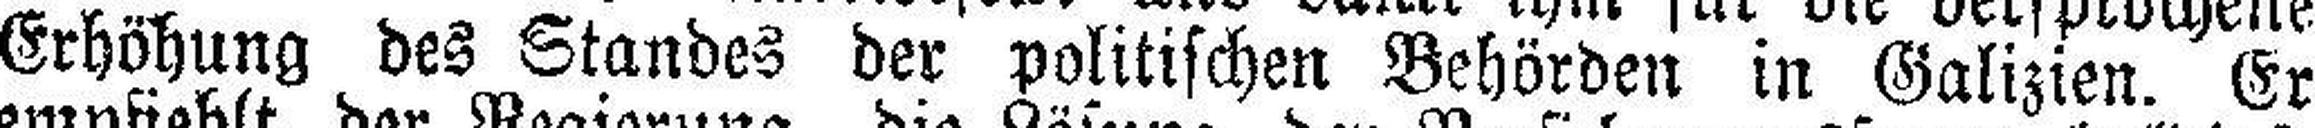
Erhöhung des Standes der politischen Behörden in Galizien. Er